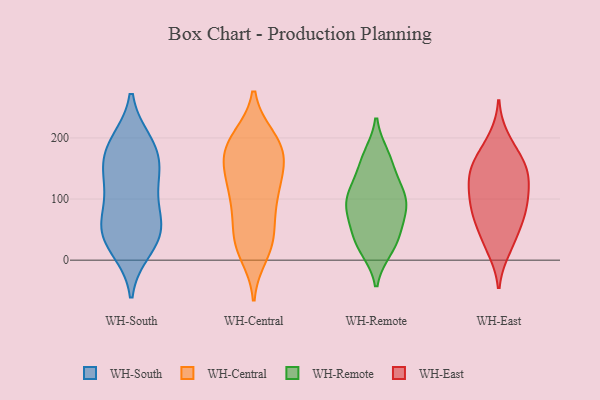
{"axis": {"x": "Satisfaction Score", "y": "Value"}, "legend": ["WH-Central", "WH-East", "WH-Remote", "WH-South"], "data": [{"x": "", "y": 178, "type": "WH-South"}, {"x": "", "y": 50, "type": "WH-South"}, {"x": "", "y": 75, "type": "WH-South"}, {"x": "", "y": 31, "type": "WH-South"}, {"x": "", "y": 189, "type": "WH-South"}, {"x": "", "y": 111, "type": "WH-South"}, {"x": "", "y": 125, "type": "WH-South"}, {"x": "", "y": 54, "type": "WH-South"}, {"x": "", "y": 192, "type": "WH-South"}, {"x": "", "y": 47, "type": "WH-South"}, {"x": "", "y": 159, "type": "WH-South"}, {"x": "", "y": 145, "type": "WH-South"}, {"x": "", "y": 19, "type": "WH-South"}, {"x": "", "y": 88, "type": "WH-Central"}, {"x": "", "y": 31, "type": "WH-Central"}, {"x": "", "y": 200, "type": "WH-Central"}, {"x": "", "y": 10, "type": "WH-Central"}, {"x": "", "y": 197, "type": "WH-Central"}, {"x": "", "y": 165, "type": "WH-Central"}, {"x": "", "y": 164, "type": "WH-Central"}, {"x": "", "y": 130, "type": "WH-Central"}, {"x": "", "y": 177, "type": "WH-Central"}, {"x": "", "y": 105, "type": "WH-Central"}, {"x": "", "y": 140, "type": "WH-Central"}, {"x": "", "y": 165, "type": "WH-Central"}, {"x": "", "y": 95, "type": "WH-Central"}, {"x": "", "y": 35, "type": "WH-Central"}, {"x": "", "y": 27, "type": "WH-Central"}, {"x": "", "y": 131, "type": "WH-Central"}, {"x": "", "y": 191, "type": "WH-Central"}, {"x": "", "y": 30, "type": "WH-Central"}, {"x": "", "y": 78, "type": "WH-Central"}, {"x": "", "y": 197, "type": "WH-Central"}, {"x": "", "y": 94, "type": "WH-Remote"}, {"x": "", "y": 83, "type": "WH-Remote"}, {"x": "", "y": 169, "type": "WH-Remote"}, {"x": "", "y": 18, "type": "WH-Remote"}, {"x": "", "y": 127, "type": "WH-Remote"}, {"x": "", "y": 99, "type": "WH-Remote"}, {"x": "", "y": 43, "type": "WH-Remote"}, {"x": "", "y": 21, "type": "WH-Remote"}, {"x": "", "y": 54, "type": "WH-Remote"}, {"x": "", "y": 26, "type": "WH-Remote"}, {"x": "", "y": 89, "type": "WH-Remote"}, {"x": "", "y": 171, "type": "WH-Remote"}, {"x": "", "y": 108, "type": "WH-Remote"}, {"x": "", "y": 68, "type": "WH-Remote"}, {"x": "", "y": 155, "type": "WH-Remote"}, {"x": "", "y": 112, "type": "WH-Remote"}, {"x": "", "y": 52, "type": "WH-East"}, {"x": "", "y": 85, "type": "WH-East"}, {"x": "", "y": 74, "type": "WH-East"}, {"x": "", "y": 198, "type": "WH-East"}, {"x": "", "y": 24, "type": "WH-East"}, {"x": "", "y": 104, "type": "WH-East"}, {"x": "", "y": 140, "type": "WH-East"}, {"x": "", "y": 124, "type": "WH-East"}, {"x": "", "y": 18, "type": "WH-East"}, {"x": "", "y": 153, "type": "WH-East"}, {"x": "", "y": 157, "type": "WH-East"}, {"x": "", "y": 181, "type": "WH-East"}, {"x": "", "y": 91, "type": "WH-East"}, {"x": "", "y": 148, "type": "WH-East"}, {"x": "", "y": 98, "type": "WH-East"}, {"x": "", "y": 57, "type": "WH-East"}, {"x": "", "y": 138, "type": "WH-East"}]}